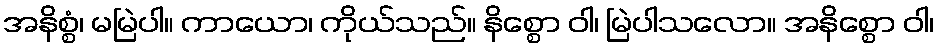
အနိစ္စံ၊ မမြဲပါ။ ကာယော၊ ကိုယ်သည်။ နိစ္စော ဝါ၊ မြဲပါသလော။ အနိစ္စော ဝါ၊